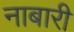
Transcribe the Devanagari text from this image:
नाबारी